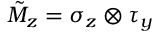
\tilde { M } _ { z } = \sigma _ { z } \otimes \tau _ { y }